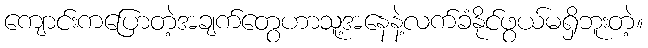
ကျောင်းကပြောတဲ့အချက်တွေဟာသူ့အနေနဲ့လက်ခံနိုင်ဖွယ်မရှိဘူးတဲ့။